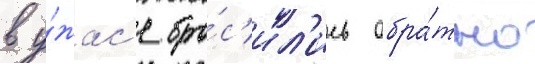
в у́жас'е бро́с'ил'ись обра́тно